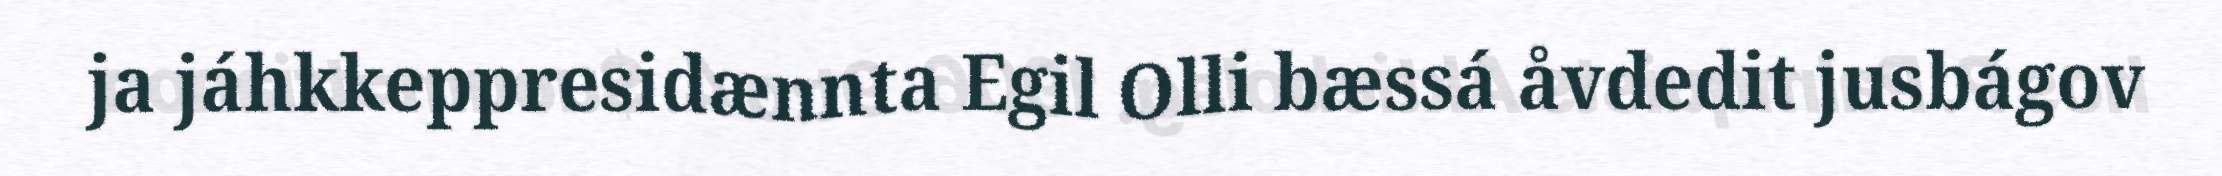
ja jáhkkeppresidænnta Egil Olli bæssá åvdedit jusbágov